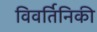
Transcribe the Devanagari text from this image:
विवर्तिनिकी